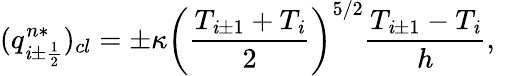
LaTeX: (q_{\mathit{i}\pm\frac{{1}}{{2}}}^{n*})_{cl}=\pm\kappa\left(\frac{{T_{\mathit{i}\pm1}+T_{\mathit{i}}}}{{2}}\right)^{5/2}\frac{{T_{\mathit{i}\pm1}-T_{\mathit{i}}}}{{h}},\; \;